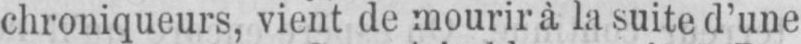
chroniqueurs, vient de mourir à la suite d’une